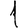
Digit: 1